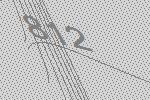
812